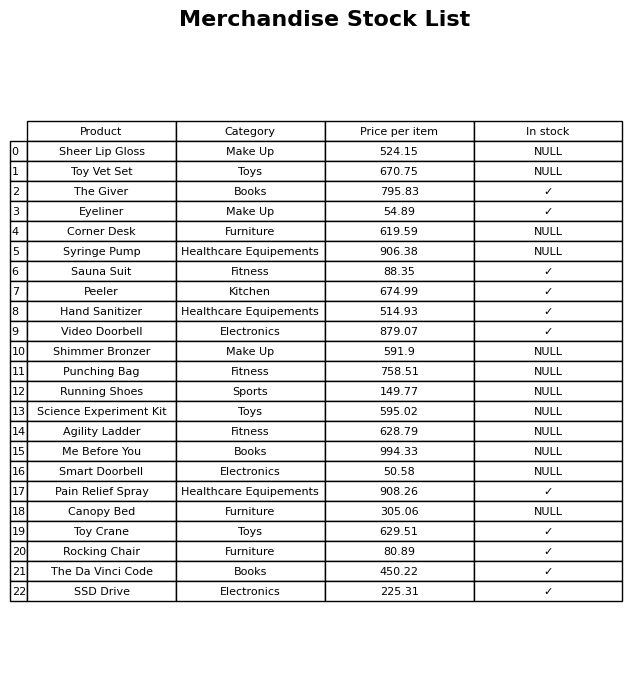
question: What is the price for Rocking Chair?
answer: The price of Rocking Chair is 80.89.